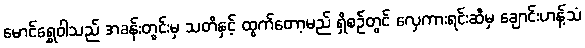
မောင်ရွှေဝါသည် အခန်းတွင်းမှ သတိနှင့် ထွက်တော့မည် ရှိစဉ်တွင် လှေကားရင်းဆီမှ ချောင်းဟန့်သံ